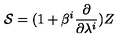
{ \cal S } = ( 1 + \beta ^ { i } \frac { \partial } { \partial \lambda ^ { i } } ) Z